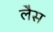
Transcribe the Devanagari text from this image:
लेैस